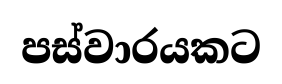
පස්වාරයකට